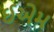
ઈએમ